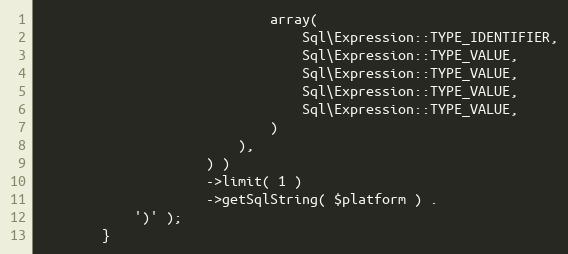
Language: PHP
                             array(
                                 Sql\Expression::TYPE_IDENTIFIER,
                                 Sql\Expression::TYPE_VALUE,
                                 Sql\Expression::TYPE_VALUE,
                                 Sql\Expression::TYPE_VALUE,
                                 Sql\Expression::TYPE_VALUE,
                             )
                         ),
                     ) )
                     ->limit( 1 )
                     ->getSqlString( $platform ) .
            ')' );
        }